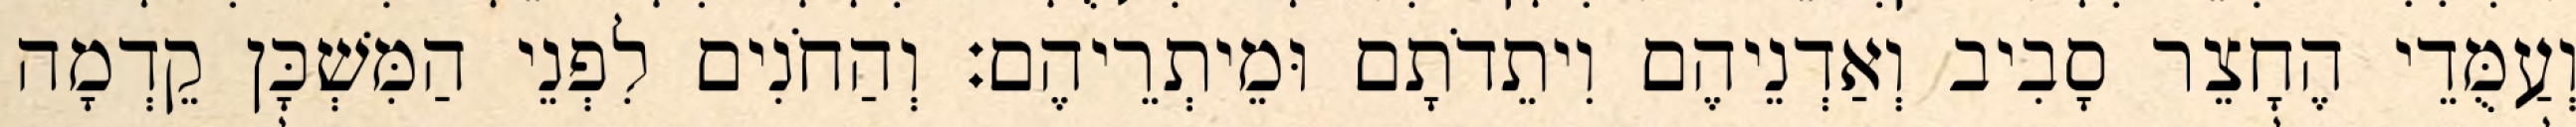
וְעַמֻּדֵי הֶחָצֵר סָבִיב וְאַדְנֵיהֶם וִיתֵדֹתָם וּמֵיתְרֵיהֶם׃ וְהַחֹנִים לִפְנֵי הַמִּשְׁכָּן קֵדְמָה